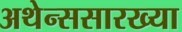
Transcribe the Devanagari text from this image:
अथेन्ससारख्या